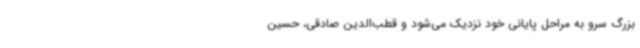
بزرگ سرو به مراحل پایانی خود نزدیک می‌شود و قطب‌الدین صادقی، حسین